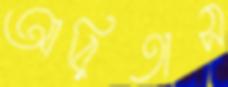
আরিতাস